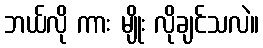
ဘယ်လို ကား မျိုး လိုချင်သလဲ။